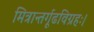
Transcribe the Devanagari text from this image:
मित्रान्तर्गूढविग्रहः।